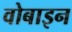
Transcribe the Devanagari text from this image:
वोबाइन